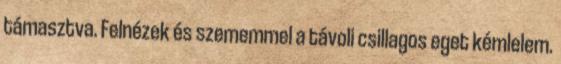
támasztva. Felnézek és szememmel a távoli csillagos eget kémlelem.